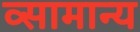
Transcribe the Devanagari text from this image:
व्सामान्य